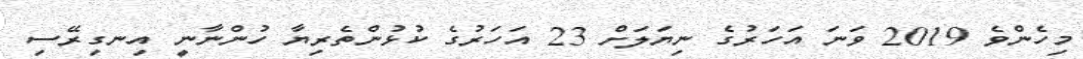
މިހެންވެ 2019 ވަނަ އަހަރުގެ ނިޔަލަށް 23 އަހަރުގެ ކުޅުންތެރިޔާ ހުންނާނީ އިނގިރޭސި